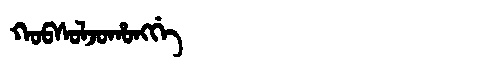
Manchu: ᡴᠣᠪᠰᠣᠯᠵᠣᡥᠣᠩᡤᡝ
Romanization: KOBSOLJOHONGGE